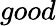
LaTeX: good